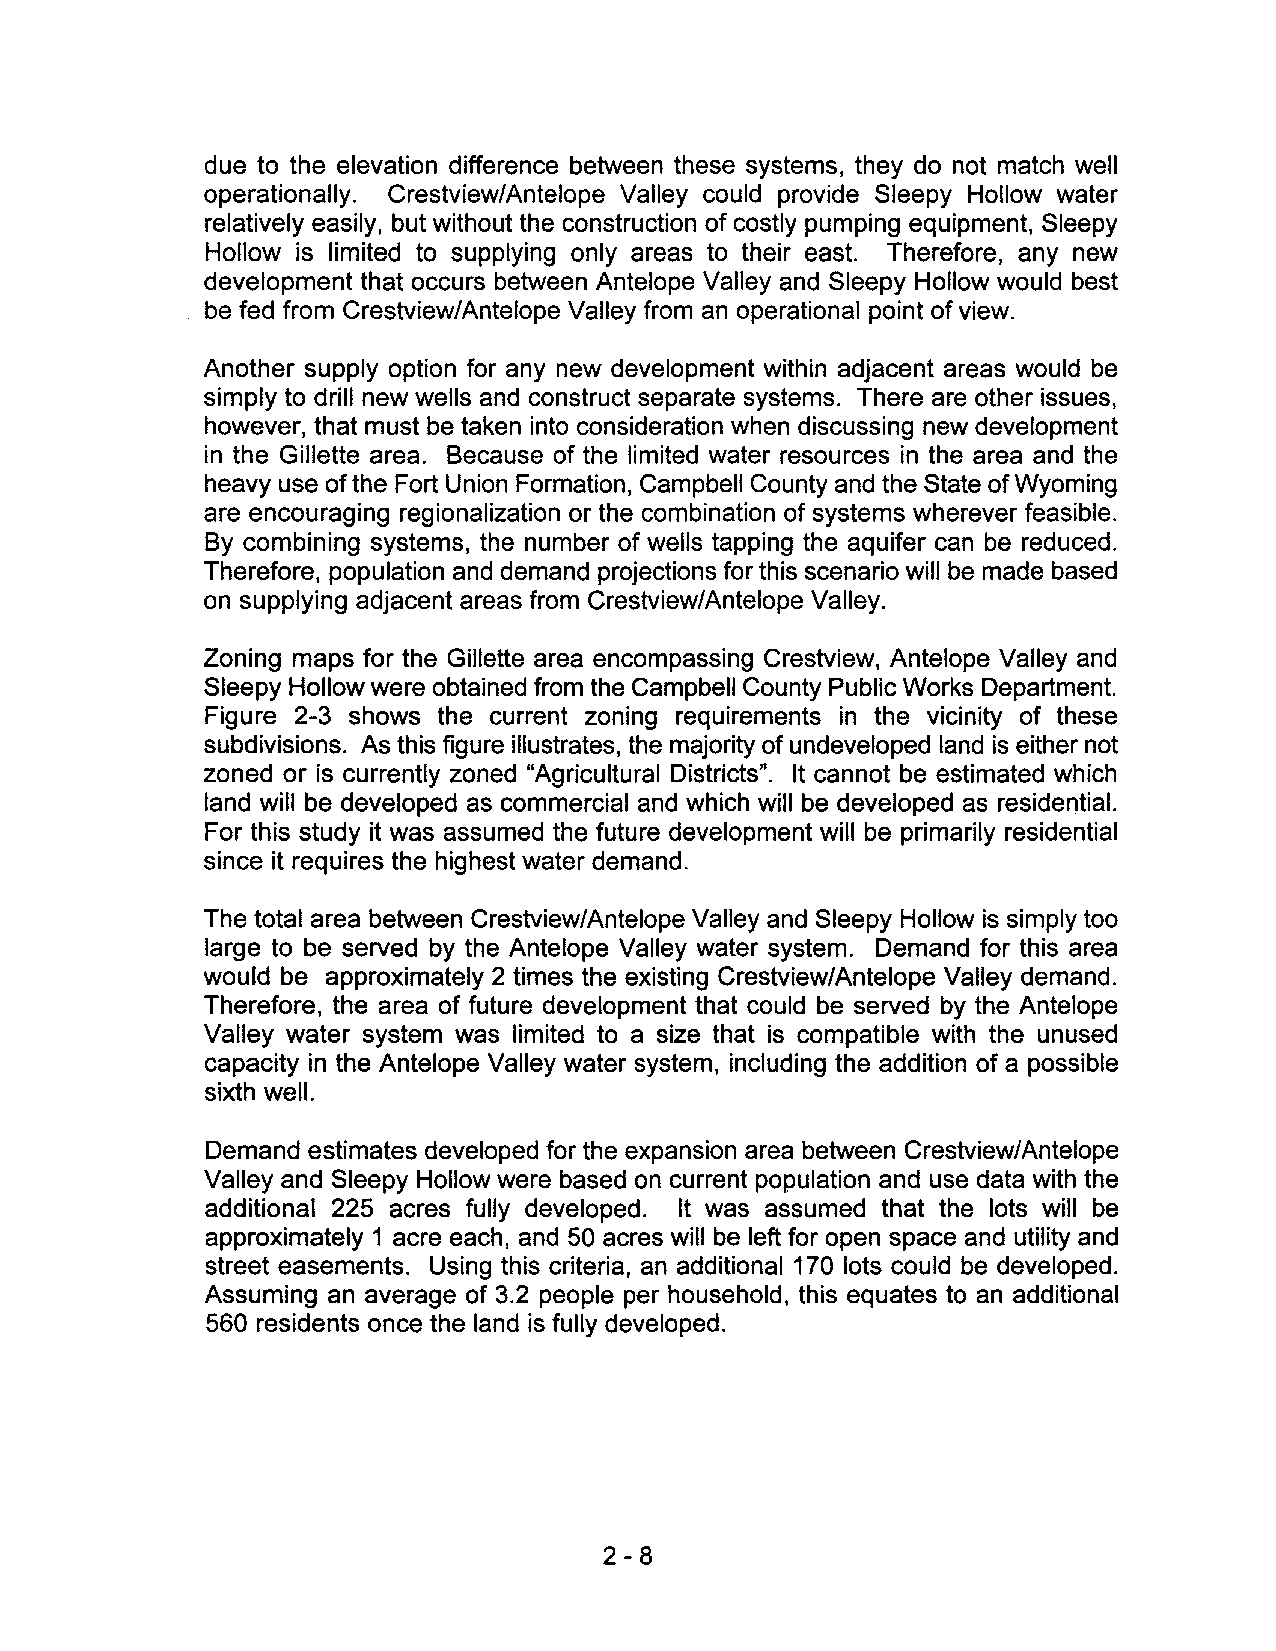
due to the elevation difference between these systems, they do not match well
 operationally. Crestview/Antelope Valley could provide Sleepy Hollow water
 relatively easily, but without the construction of costly pumping equipment, Sleepy
 Hollow is limited to supplying only areas to their east. Therefore, any new
 development that occurs between Antelope Valley and Sleepy Hollow would best
 be fed from Crestview/Antelope Valley from an operational point of view.
 Another supply option for any new development within adjacent areas would be
 simply to drill new wells and construct separate systems. There are other issues,
 however, that must be taken into consideration when discussing new development
 in the Gillette area. Because of the limited water resources in the area and the
 heavy use of the Fort Union Formation, Campbell County and the State of Wyoming
 are encouraging regionalization or the combination of systems wherever feasible.
 By combining systems, the number of wells tapping the aquifer can be reduced.
 Therefore, population and demand projections for this scenario will be made based
 on supplying adjacent areas from Crestview/Antelope Valley.
 Zoning maps for the Gillette area encompassing Crestview, Antelope Valley and
 Sleepy Hollow were obtained from the Campbell County Public Works Department.
 Figure 2-3 shows the current zoning requirements in the vicinity of these
 subdivisions. As this figure illustrates, the majority of undeveloped land is either not
 zoned or is currently zoned "Agricultural Districts". It cannot be estimated which
 land will be developed as commercial and which will be developed as residential.
 For this study it was assumed the future development will be primarily residential
 since it requires the highest water demand.
 The total area between Crestview/Antelope Valley and Sleepy Hollow is simply too
 large to be served by the Antelope Valley water system. Demand for this area
 would be approximately 2 times the existing Crestview/Antelope Valley demand.
 Therefore, the area of future development that could be served by the Antelope
 Valley water system was limited to a size that is compatible with the unused
 capacity in the Antelope Valley water system, including the addition of a possible
 sixth well.
 Demand estimates developed for the expansion area between Crestview/Antelope
 Valley and Sleepy Hollow were based on current population and use data with the
 additional 225 acres fully developed. It was assumed that the lots will be
 approximately 1 acre each, and 50 acres will be left for open space and utility and
 street easements. Using this criteria, an additional 170 lots could be developed.
 Assuming an average of 3.2 people per household, this equates to an additional
 560 residents once the land is fully developed.
 2-8